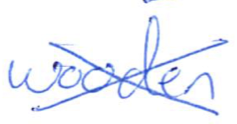
Text: wooden
Cross-out: cross
Writing tool: ballpoint